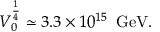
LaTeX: V _ { 0 } ^ { \frac { 1 } { 4 } } \simeq 3 . 3 \times 1 0 ^ { 1 5 } \, \, \, \mathrm { G e V } .